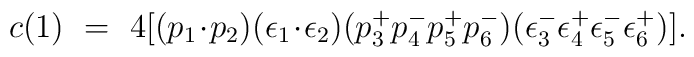
c(1)~=~4[(p_1\!\cdot\! p_2)(\epsilon_1\! \cdot\!\epsilon_2)(p_3^+p_4^-p_5^+p_6^-)(\epsilon_3^-\epsilon_4^+\epsilon_5^-\epsilon_6^+)] .